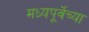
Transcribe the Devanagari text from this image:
मध्यपूर्वेच्या